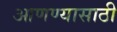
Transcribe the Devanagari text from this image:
आणण्‍यासाठी